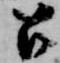
召